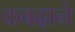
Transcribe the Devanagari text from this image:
कबढ़ाने